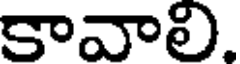
కావాలి.